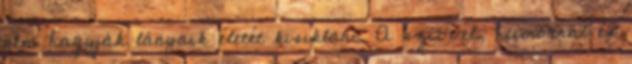
nem hagyják lányaik életét kisiklani. A szívvel, humorral és